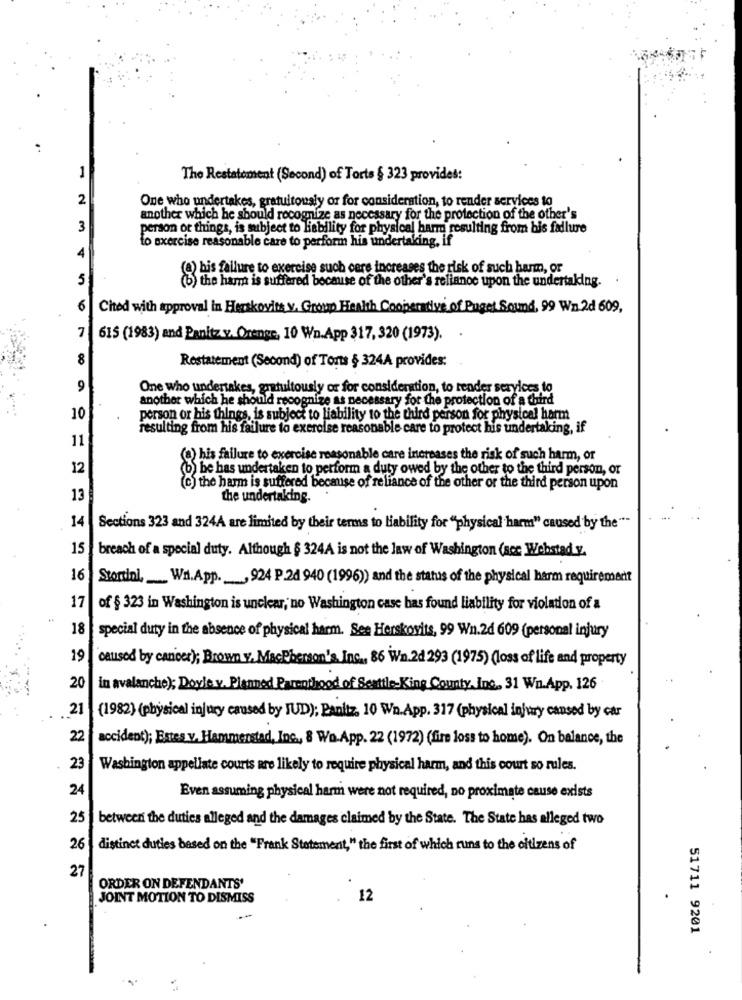
1
The Restatement (Second) of Torts § 323 provides:
2
One who undertakes, gratuitously or for consideration, to render services to
another which he should recognize as necessary for the protection of the other's
3
person or things, is subject to liability for physical harm resulting from bis fadlure
to exercise reasonable care to perform his undertaking, if
4
(@) bis fallure to exercise such cere increases the risk of such harm, or
5
(b) the har is suffered because of the other's reliance upon the undertaking.
6
Chted with approval in Herskovits v. Group Health Cooperative of Puget Sound, 99 Wn.2d 609,
7
615 (1983) and Panitz v. Orange, 10 Wn.App 317, 320 (1973).
8
Restatement (Second) of Torts § 324A provides:
9
One who undertakes, gratuitously or for consideration, to render services to
another which he should recognize as necessary for the protection of a third
10
person or his things, is subject to liability to the third person for physical harm
resulting from his failure to exercise reasonable care to protect his undertaking, if
11
(o) his failure to exercise reasonable care increases the risk of such harm, or
12
(b) he has undertaken to perform a duty owed by the other to the third person, or
(c) the harm is suffered because of reliance of the other or the third person upon
13
the undertaking.
14
Sections 323 and 324A are limited by their terms to liability for "physical harm" caused by the ""
15
breach of a special duty. Although § 324A is not the law of Washington (scc Webbstad y.
16
Stortinl, Wi.App. , 924 P.24 940 (1996)) and the status of the physical harm requirement
17
of § 323 in Washington is unclear, no Washington case has found liability for violation of a
18
special duty in the absence of physical harm. See Herskovits, 99 Wn.2d 609 (personal injury
19
caused by cancer); Brown v. MacPherson's Inc ., 86 Wn.2d 293 (1975)(loss of life and property
20
in avalanche); Doyle y. Planned Parenthood of Seatle-King County, Inc. 31 WILLApp. 126
21
(1982) (physical injury caused by JUD); Panitz, 10 Wn.App. 317 (physical injury caused by car
22
accident); Estes v. Hammerstad, Inc ., 8 Wo.App. 22 (1972) (fire loss to home). On balance, the
23
Washington appellate courts are likely to require physical harm, and this court so rules.
24
Even assuming physical harm were not required, no proximate cause exists
25
between the duties alleged and the damages claimed by the State. The State has alleged two
26
distinct duties based on the "Frank Statement," the first of which runs to the citizens of
27
ORDER ON DEFENDANTS'
JOINT MOTION TO DISMISS
12
51711 9201